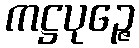
ကဋ္ဌပုဉ္ဇေ